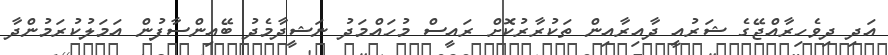
އަދި ދިވެހިރާއްޖޭގެ ޝަރުއީ ދާއިރާއިން ތަކުރާރުކޮށް ރައީސް މުހައްމަދު ނަޝީދާމެދު ބޭއިންސާފުން އަމަލުކުރަމުންދާ